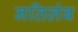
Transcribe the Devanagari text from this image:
नतिलंब